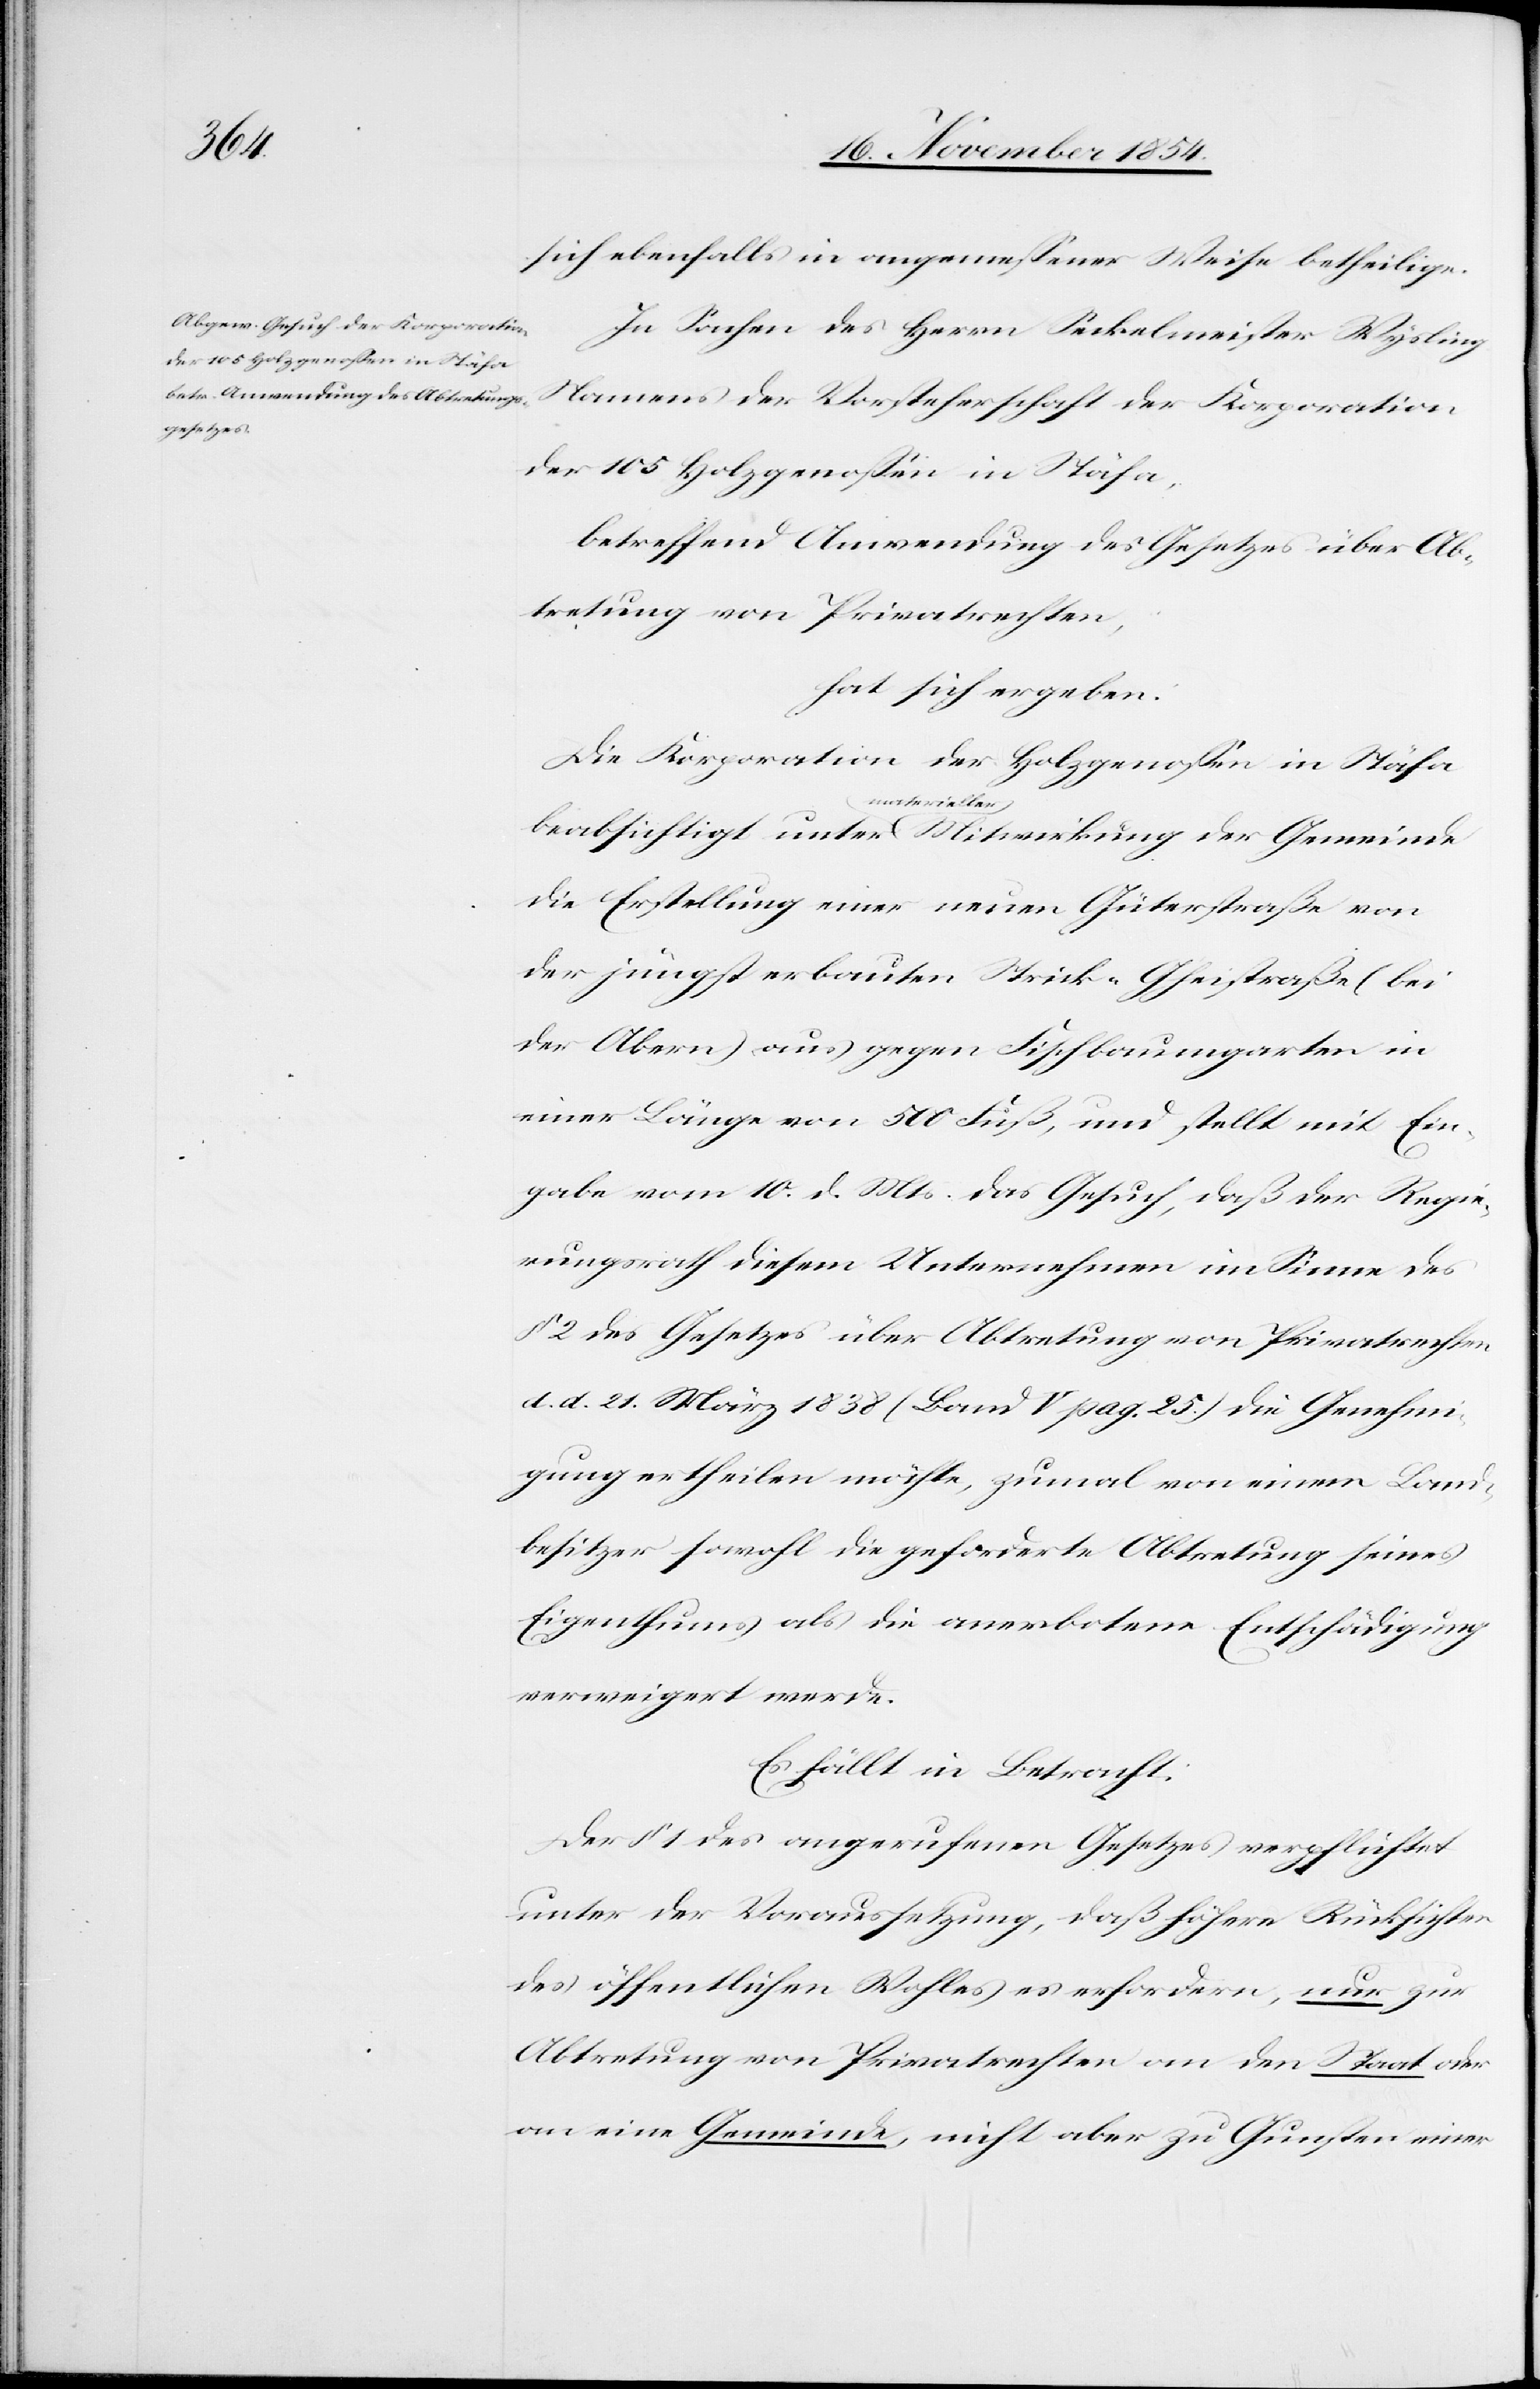
der

sich ebenfalls in angemeßener Weise betheilige.
In Sachen des Herrn Seckelmeister Wysling
Namens der Vorsteherschaft der Korporation
der 105 Holzgenoßen in Stäfa,
betreffend Anwendung des Gesetzes über Ab¬
tretung von Privaten,
hat sich ergeben:
Die Korporation der Holzgenoßen in Stäfa
a-materieller-a
die Erstellung einer neuen Güterstraße von
der jüngst erbauten Strick-Gheistraße (bei
der Abern) aus gegen Fischbaumgarten in
einer Länge von 500 Fuß, und stellt mit Ein¬
gabe vom 10. d. Mts. das Gesuch, daß der Regie¬
rungsrath diesem Unternehmen im Sinne des
§ 2 des Gesetzes über Abtretung von Privatrechten
d. d. 21. März 1838 (Band V pag 25.) die Genehmi¬
gung ertheilen möchte, zumal von einem Land¬
besitzer sowohl die geforderte Abtretung seines
Eigenthums als die anerbotene Entschädigung
verweigert werde.
Es fällt in Betracht:
Der § 1 des angerufenen Gesetzes verpflichtet
unter der Voraussetzung, daß höhere Rücksichten
des öffentlichen Wohles es erfordern, nur zur
Abtretung von Privatrechten an den Staat oder
an eine Gemeinde, nicht aber zu Gunsten einer